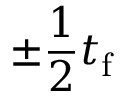
\pm \frac { 1 } { 2 } t _ { \mathrm { f } }